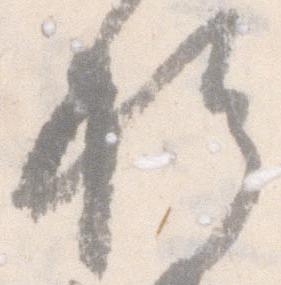
権